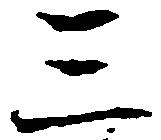
三